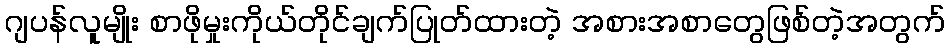
ဂျပန်လူမျိုး စာဖိုမှုးကိုယ်တိုင်ချက်ပြုတ်ထားတဲ့ အစားအစာတွေဖြစ်တဲ့အတွက်